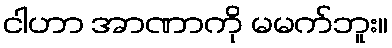
ငါဟာ အာဏာကို မမက်ဘူး။